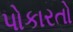
પોકારતો